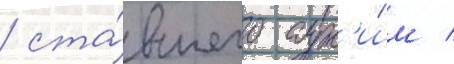
/ ста́вшего сух'и́м /